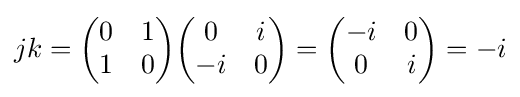
jk={\begin{pmatrix}0&1\\1&0\end{pmatrix}}{\begin{pmatrix}0&i\\-i&0\end{pmatrix}}={\begin{pmatrix}-i&0\\0&i\end{pmatrix}}=-i